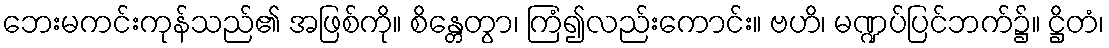
ဘေးမကင်းကုန်သည်၏ အဖြစ်ကို။ စိန္တေတွာ၊ ကြံ၍လည်းကောင်း။ ဗဟိ၊ မဏ္ဍပ်ပြင်ဘက်၌။ ဋ္ဌိတံ၊